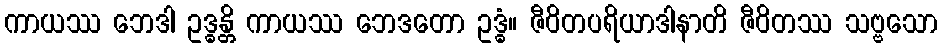
ကာယဿ ဘေဒါ ဥဒ္ဓန္တိ ကာယဿ ဘေဒတော ဥဒ္ဓံ။ ဇီဝိတပရိယာဒါနာတိ ဇီဝိတဿ သဗ္ဗသော